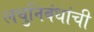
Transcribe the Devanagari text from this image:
लघुनिबंधांची